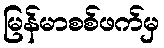
မြန်မာစစ်ဖက်မှ